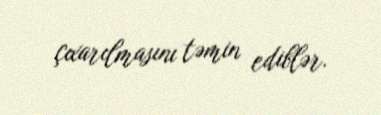
çıxarılmasını təmin ediblər.